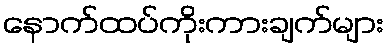
နောက်ထပ်ကိုးကားချက်များ